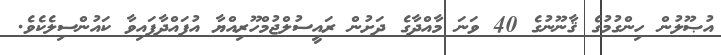
އުޞޫލުން ހިންގުމުގެ ޤާނޫނުގެ 40 ވަނަ މާއްދާގެ ދަށުން ރައީސުލްޖުމްހޫރިއްޔާ އުފައްދާފައިވާ ކައުންސިލެކެވެ.